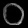
Digit: ၀